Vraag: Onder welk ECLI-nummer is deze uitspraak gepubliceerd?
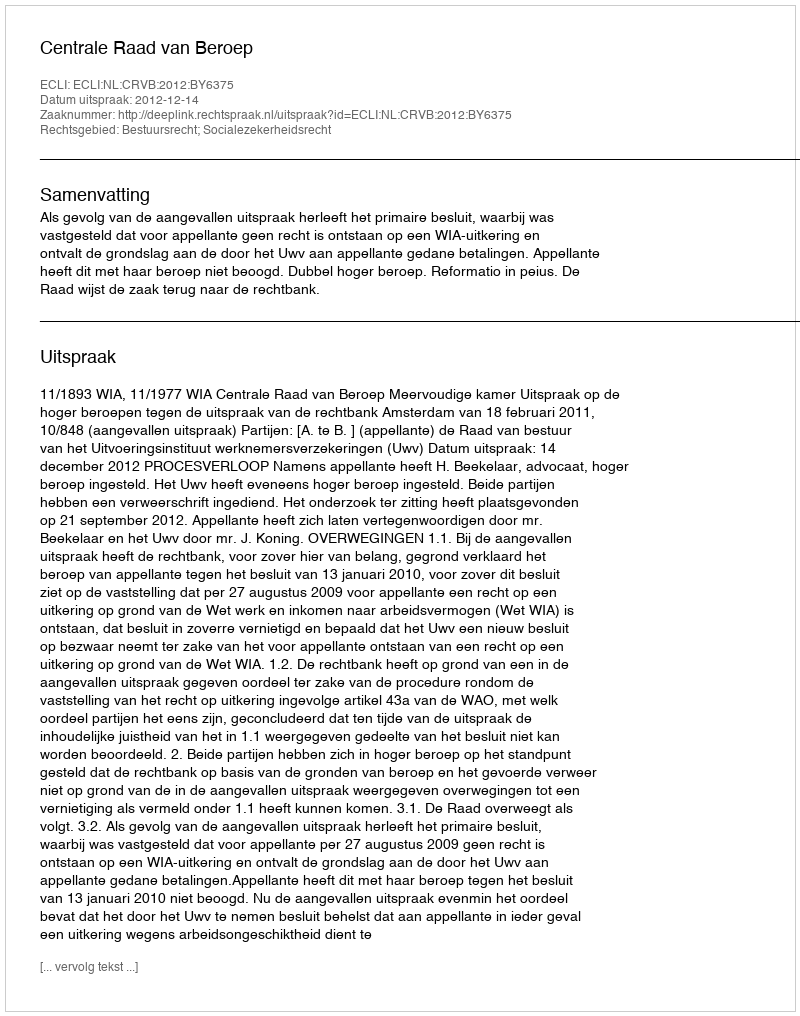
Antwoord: ECLI:NL:CRVB:2012:BY6375